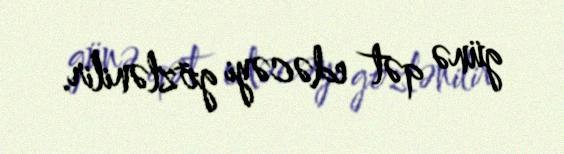
günə qət edəcəyi gözlənilir.